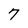
Character: 7